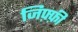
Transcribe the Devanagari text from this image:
जिफ़्फ़ी